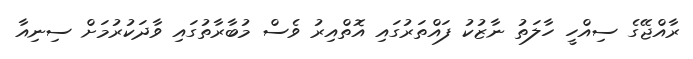
ރާއްޖޭގެ ސިއްހީ ހާލަތު ނާޒުކު ފައްތަރުގައި އޮތްއިރު ވެސް މުބާރާތުގައި ވާދަކުރުމަށް ސިނިއާ